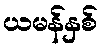
ယမန်နှစ်